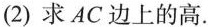
(2) 求AC边上的高.